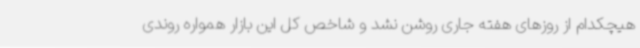
هیچکدام از روزهای هفته جاری روشن نشد و شاخص کل این بازار همواره روندی